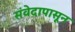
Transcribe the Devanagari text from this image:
संवेदापासून